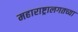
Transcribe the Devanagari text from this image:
महाराष्ट्रालगतच्या